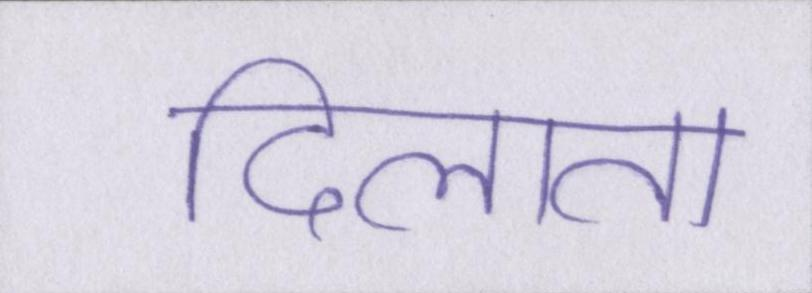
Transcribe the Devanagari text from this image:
दिलाता